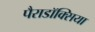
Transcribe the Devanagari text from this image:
पैराडॉक्सिया